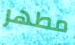
مطهر